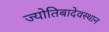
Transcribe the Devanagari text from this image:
ज्योतिबादेवस्थान